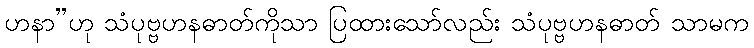
ဟနာ”ဟု သံပုဗ္ဗဟနဓာတ်ကိုသာ ပြထားသော်လည်း သံပုဗ္ဗဟနဓာတ် သာမက